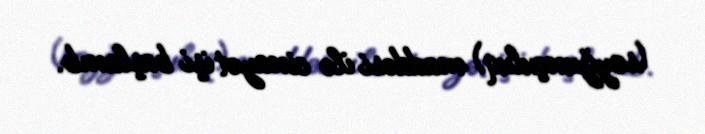
(soyğunçuluq) maddəsi ilə cinayət işi başlanıb.